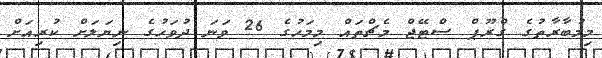
މިމުބާރާތުގެ ގްރޫޕް ސްޓޭޖް މެޗްތައް މިމަހުގެ 26 ވަނަ ދުވަހުގެ ނިޔަލަށް ކުރިއަށް